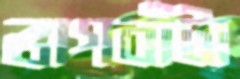
ভাগবাঁটা